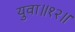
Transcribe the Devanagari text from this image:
युवा॥१२॥